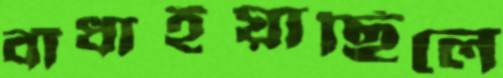
বাঁধাইয়াছিলে